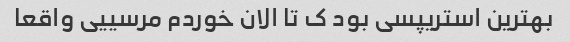
بهترین استریپسی بود ک تا الان خوردم مرسییی واقعا